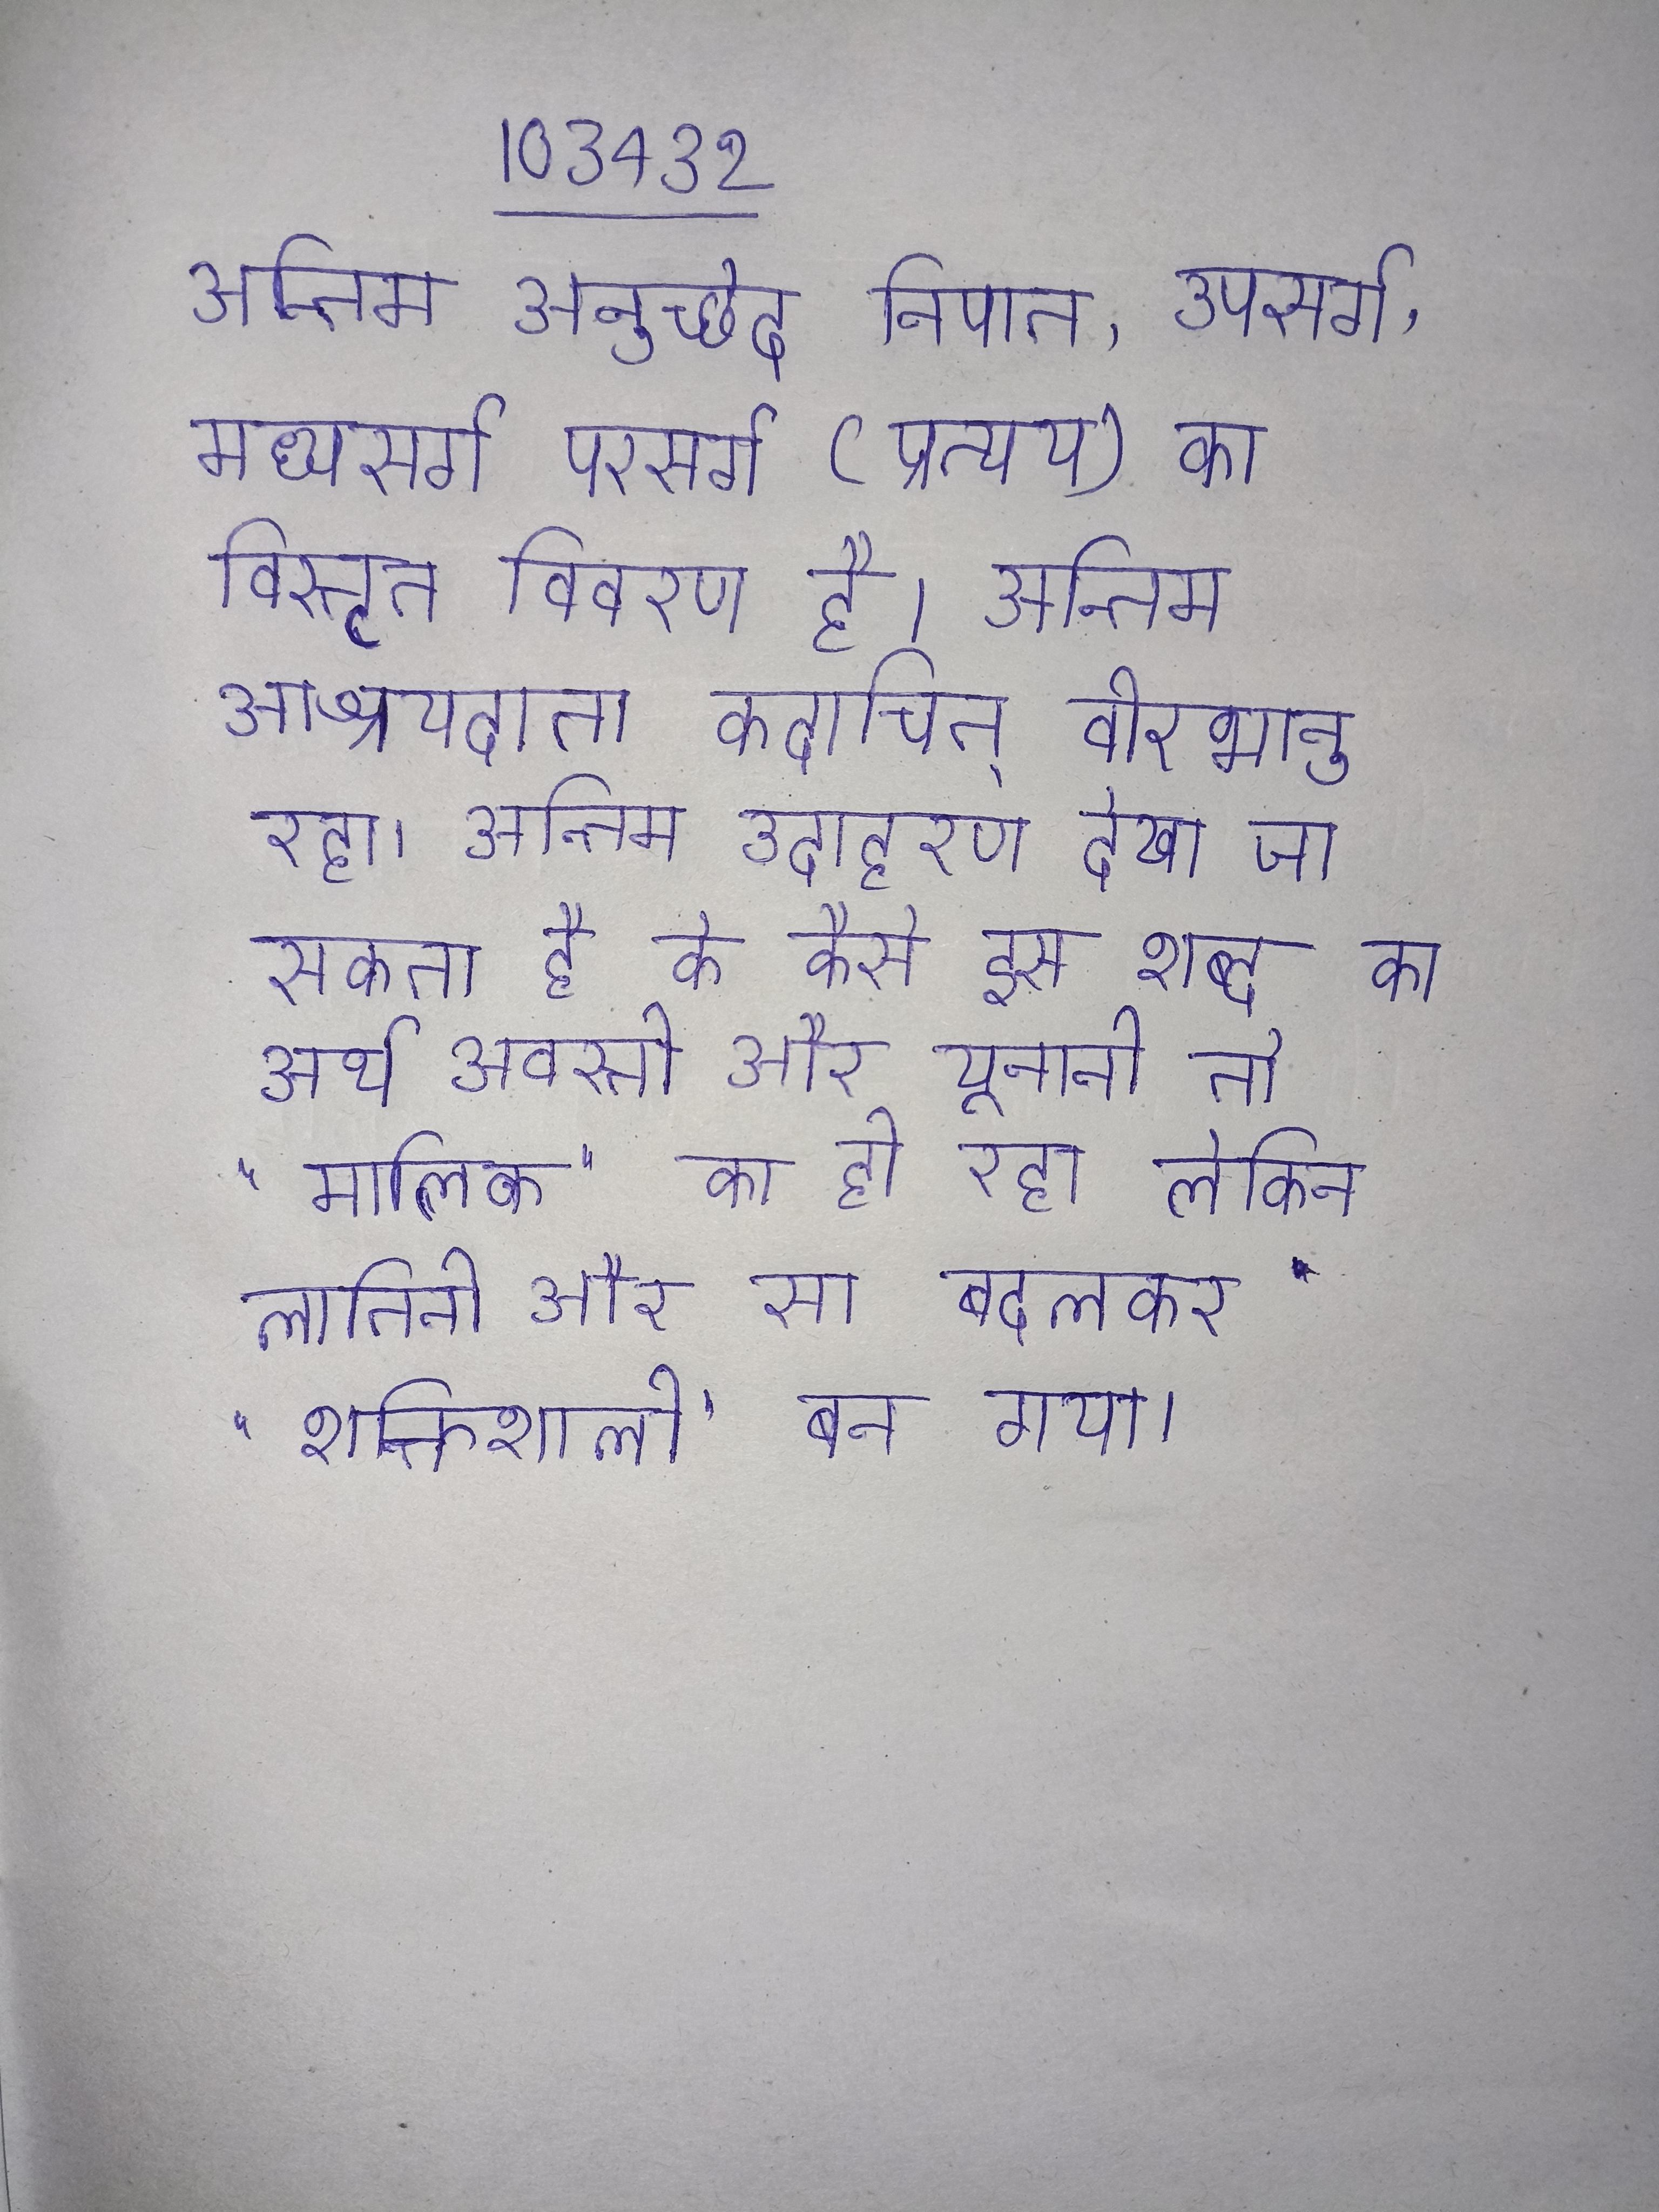
अन्तिम अनुच्छेद निपात, उपसर्ग, मध्यसर्ग परसर्ग (प्रत्यय) का विस्तृत विवरण है । अन्तिम आश्रयदाता कदाचित् वीरभानु रहा । अन्तिम उदाहरण देखा जा सकता है के कैसे इस शब्द का अर्थ अवस्ती और यूनानी तो "मालिक" का ही रहा लेकिन लातिनी और सा बदलकर "शक्तिशाली" बन गया ।